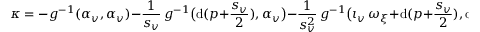
\kappa = - g ^ { - 1 } ( \alpha _ { v } , \alpha _ { v } ) - \frac 1 { s _ { v } } \, g ^ { - 1 } \big ( \mathrm { d } ( p + \frac { s _ { v } } { 2 } ) , \alpha _ { v } \big ) - \frac 1 { s _ { v } ^ { 2 } } \, g ^ { - 1 } \big ( \iota _ { v } \, \omega _ { \xi } + \mathrm { d } ( p + \frac { s _ { v } } 2 ) , \mathrm { d } s _ { v } \big ) - \frac 2 { s _ { v } ^ { 2 } } \, \pounds _ { v } ^ { 2 } \, p \ .